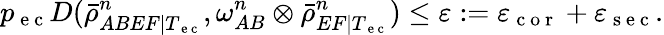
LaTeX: p_{\mathrm{~e~c~}}D(\bar{\rho}_{ABEF|T_{\mathrm{~e~c~}}}^{n},\omega_{AB}^{n}\otimes\bar{\rho}_{EF|T_{\mathrm{~e~c~}}}^{n})\leq\varepsilon:=\varepsilon_{\mathrm{~c~o~r~}}+\varepsilon_{\mathrm{~s~e~c~}}.